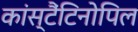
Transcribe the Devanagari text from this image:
कांस्टैंटिनोपिल